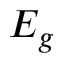
E _ { g }